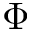
\Phi